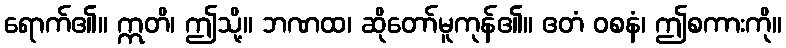
ရောက်၏။ ဣတိ၊ ဤသို့။ ဘဏထ၊ ဆိုတော်မူကုန်၏။ ဧတံ ဝစနံ၊ ဤစကားကို။